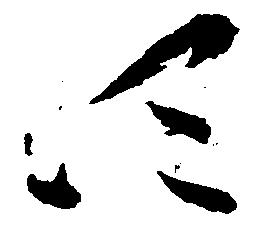
四